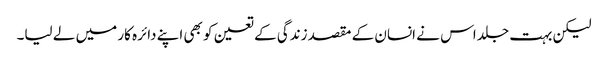
لیکن بہت جلد اس نے انسان کے مقصد زندگی کے تعین کو بھی اپنے دائرہ کار میں لے لیا۔